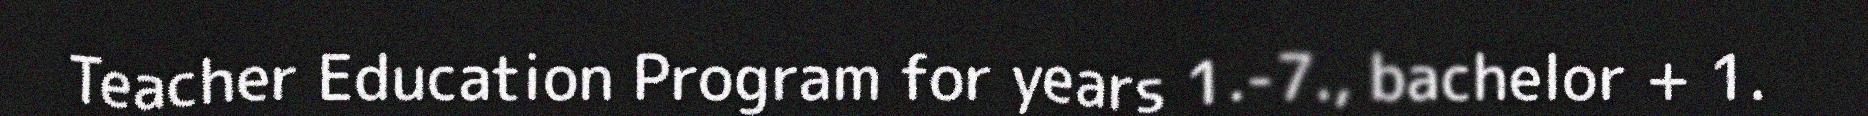
Teacher Education Program for years 1.-7., bachelor + 1.